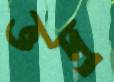
ভদ্র্র